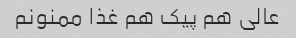
عالی هم پیک هم غذا ممنونم